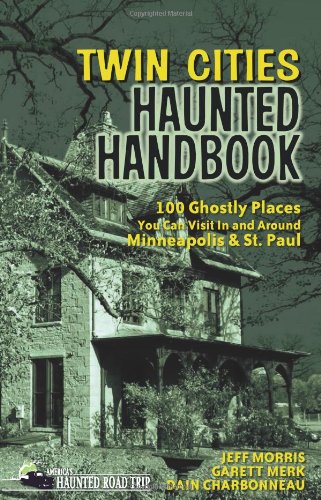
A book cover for Twin Cities Haunted Handbook: 100 Ghostly Places You Can Visit in and Around Minneapolis and St. Paul (America's Haunted Road Trip); Jeff Morris; Religion & Spirituality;